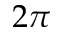
2 \pi